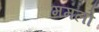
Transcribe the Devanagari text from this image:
ममलो